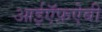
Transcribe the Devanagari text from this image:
आईऍफ़ऐबी